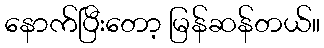
နောက်ပြီးတော့ မြန်ဆန်တယ်။